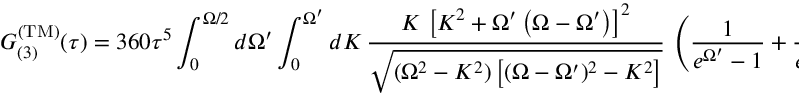
G _ { ( 3 ) } ^ { \mathrm { ( T M ) } } ( \tau ) = 3 6 0 \tau ^ { 5 } \int _ { 0 } ^ { \Omega / 2 } d \Omega ^ { \prime } \int _ { 0 } ^ { \Omega ^ { \prime } } d K \, \frac { K \, \left[ K ^ { 2 } + \Omega ^ { \prime } \left( \Omega - \Omega ^ { \prime } \right) \right] ^ { 2 } } { \sqrt { ( \Omega ^ { 2 } - K ^ { 2 } ) \left[ ( \Omega - \Omega ^ { \prime } ) ^ { 2 } - K ^ { 2 } \right] } } \, \left( \frac { 1 } { e ^ { \Omega ^ { \prime } } - 1 } + \frac { 1 } { e ^ { \Omega - \Omega ^ { \prime } } - 1 } \right) .